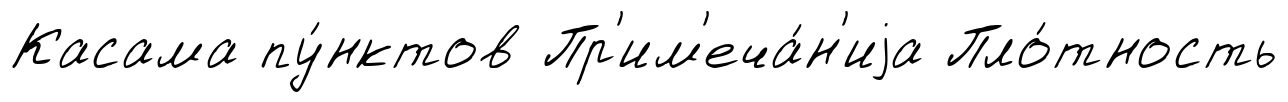
Касама пу́нктов Пр'им'еча́н'иjа Пло́тность